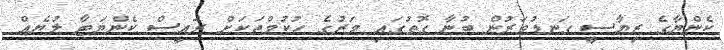
ކެންޔާގެ ރިޔާސީ ގަނޑުވަރުން ބުނާ ގޮތުގައި މަރުގެ ހުކުމްތަކަށް ރައީސް ކެންޔަޓާ ލުޔެއް